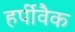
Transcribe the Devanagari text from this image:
हर्पीवैक